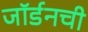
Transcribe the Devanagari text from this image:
जॉर्डनची